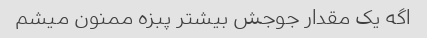
اگه یک مقدار جوجش بیشتر پبزه ممنون میشم